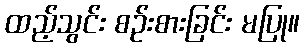
ထည့်သွင်း စဉ်းစားခြင်း မပြု။